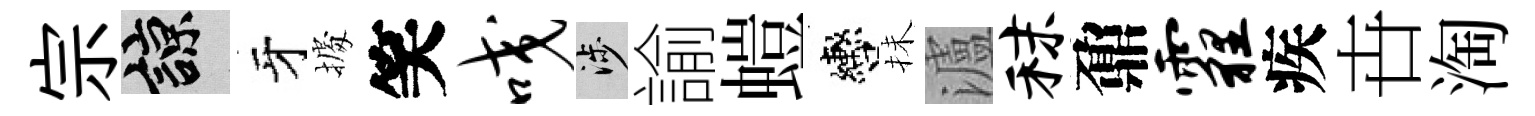
宗諒牙𢴃笑咬涉諭螘轡抺瀘秣鼐霾疾卋淘